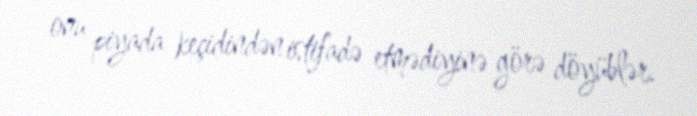
onu piyada keçidindən istifadə etmədiyinə görə döyüblər.